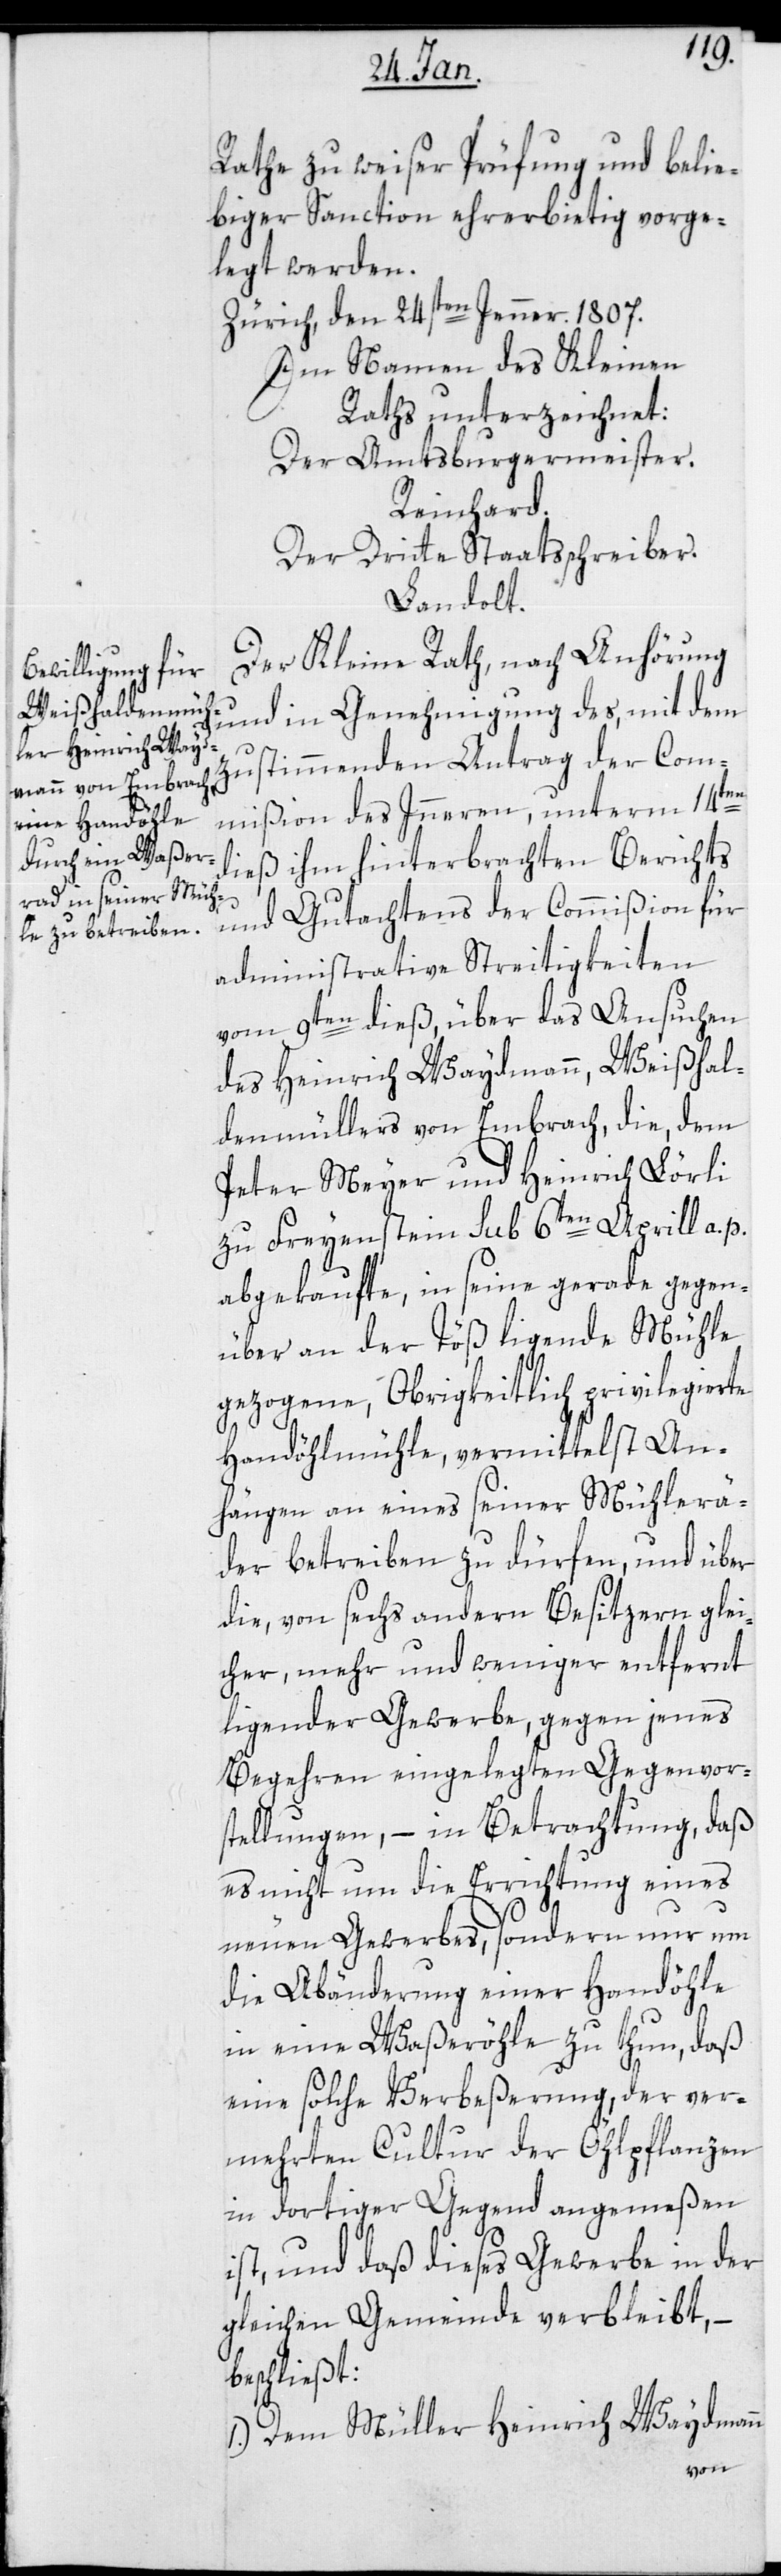
Rathe zu weiser Prüfung und belie¬
biger Sanction ehrerbietig vorge¬
legt werden.
Zürich, den 24sten Jenner. 1807.
Im Namen des Kleinen
Raths unterzeichnet:
Der Amtsburgermeister.
Reinhard.
der dritte Staatsschreiber.
Landolt.
Der Kleine Rath, nach Anhörung
und in Genehmigung des, mit dem
zustimmenden Antrag der Com¬
mißion des Innern, unterm 14ten
dieß ihm hinterbrachten Berichts
und Gutachtens der Commißion für
administrative Streitigkeiten
vom 9ten dieß, über das Ansuchen
des Heinrich Waydmann, Weißhal¬
denmüllers von Embrach, die dem
Peter Meyer und Heinrich Lörli
zu Freienstein sub 6ten April a. p.
abgekaufte, in seine gerade gegen¬
über an der Töß liegende Mühle
gezogene, Obrigkeitlich privilegierte
Handöhlmühle, vermittelst An¬
hängen an eines seiner Mühlerä¬
der betreiben zu dürfen, und über
die, von sechs andern Besitzern glei¬
cher, mehr oder weniger entfernt
liegender Gewerbe, gegen jenes
Begehren eingelegten Gegenvor¬
stellungen, – in Betrachtung, daß
es nicht um die Errichtung eines
neuen Gewerbes, sondern nur um
die Abänderung einer Handöhle
in eine Waßeröhle zu thun, daß
eine solche Verbeßerung, der ver¬
mehrten Cultur der Öhlpflanzen
in dortiger Gegend angemeßen
ist, und daß dieses Gewerbe in der
gleichen Gemeinde verbleibt, –
beschließt:
1.) Dem Müller Heinrich Waydmann